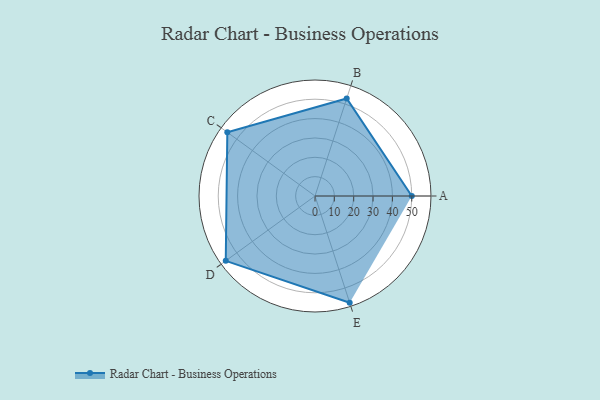
{"axis": {"x": "Skill", "y": "Score"}, "legend": ["Profile"], "data": [{"x": "A", "y": 50.0, "type": "Profile"}, {"x": "B", "y": 53.0, "type": "Profile"}, {"x": "C", "y": 56.0, "type": "Profile"}, {"x": "D", "y": 57.0, "type": "Profile"}, {"x": "E", "y": 58.0, "type": "Profile"}]}